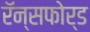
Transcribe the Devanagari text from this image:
रॅन्सफोर्ड